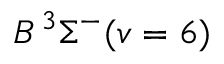
B \, { } ^ { 3 } \Sigma ^ { - } ( v = 6 )